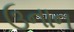
ઉનાન